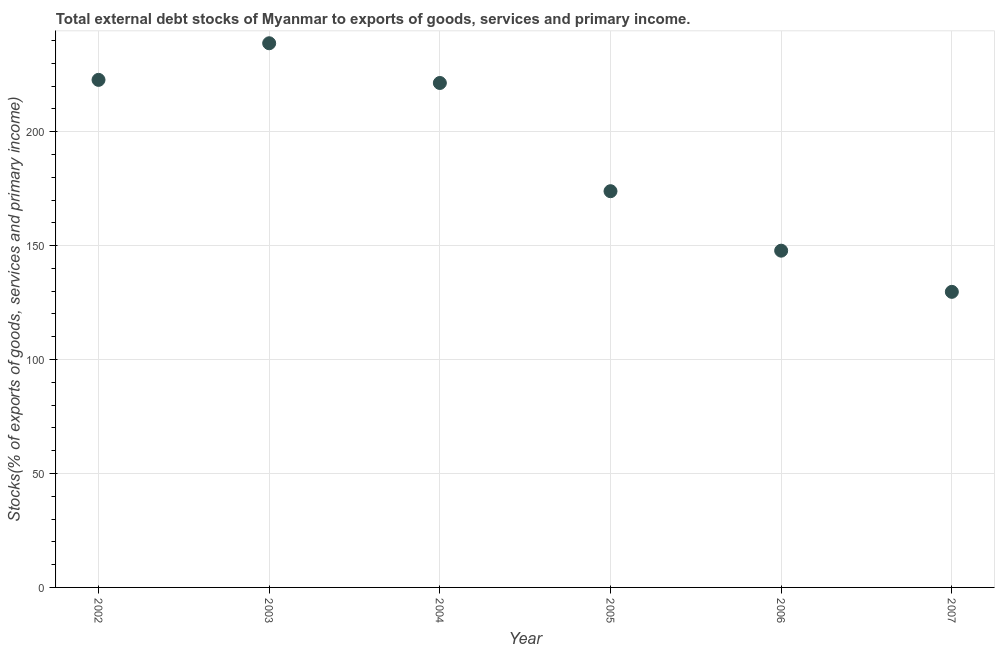
| Year | External debt stocks (% of exports of goods |
 | --- | --- |
 | 2002 | 223 |
 | 2003 | 239 |
 | 2004 | 221 |
 | 2005 | 174 |
 | 2006 | 148 |
 | 2007 | 130 |